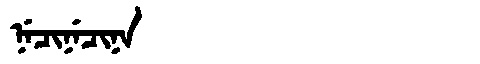
Manchu: ᠨᡝᠴᡳᠨᡝᠴᡳᠨᠠ
Romanization: NECINECINA